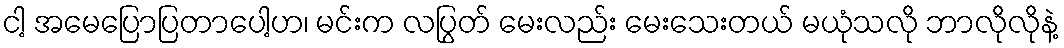
ငါ့ အမေပြောပြတာပေါ့ဟ၊ မင်းက လပြွတ် မေးလည်း မေးသေးတယ် မယုံသလို ဘာလိုလိုနဲ့